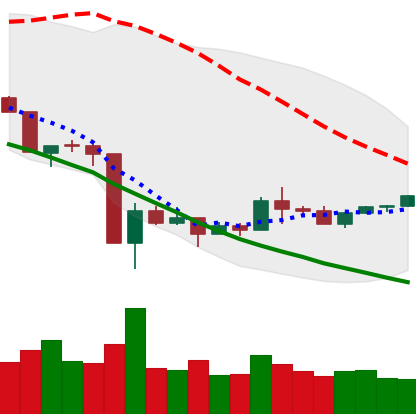
Ticker: XLM-USD
Chart end date: 2020-03-26
Forward return: -3.978%
Label: down_3_5